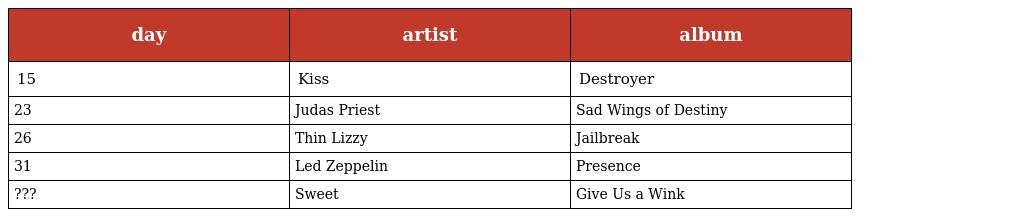
| day | artist | album |
 | --- | --- | --- |
 | 15 | Kiss | Destroyer |
 | 23 | Judas Priest | Sad Wings of Destiny |
 | 26 | Thin Lizzy | Jailbreak |
 | 31 | Led Zeppelin | Presence |
 | ??? | Sweet | Give Us a Wink |